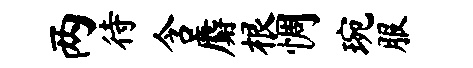
两待含麝根惆琬服